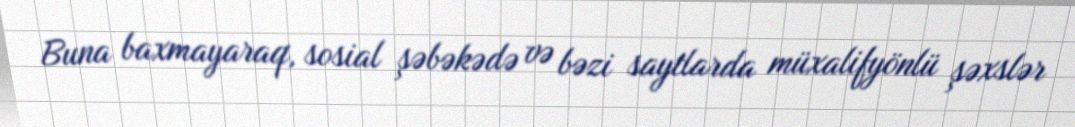
Buna baxmayaraq, sosial şəbəkədə və bəzi saytlarda müxalifyönlü şəxslər